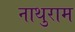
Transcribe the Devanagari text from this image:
नाथुराम